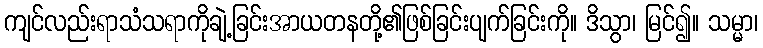
ကျင်လည်းရာသံသရာကိုချဲ့ခြင်းအာယတနတို့၏ဖြစ်ခြင်းပျက်ခြင်းကို။ ဒိသွာ၊ မြင်၍။ သမ္မာ၊